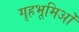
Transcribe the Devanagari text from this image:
गृहभूमिओं